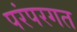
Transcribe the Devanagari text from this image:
परंपरगत